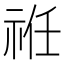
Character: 𥙛